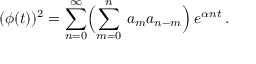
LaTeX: ( \phi ( t ) ) ^ { 2 } = \sum _ { n = 0 } ^ { \infty } \Bigl ( \sum _ { m = 0 } ^ { n } \, a _ { m } a _ { n - m } \Bigr ) \, e ^ { \alpha n t } \, .